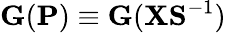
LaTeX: {\mathbf G}({\mathbf P})\equiv{\mathbf G}({\mathbf X}{\mathbf S}^{-1})